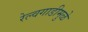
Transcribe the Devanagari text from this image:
रेल्वगाडीमुळे